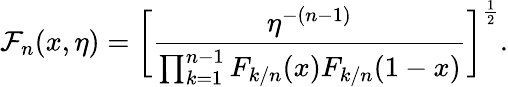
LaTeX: \mathcal{F}_{n}(x,\eta)=\bigg[\frac{\eta^{-(n-1)}}{\prod_{k=1}^{n-1}F_{k/n}(x)F_{k/n}(1-x)}\bigg]^{\frac{1}{2}}.